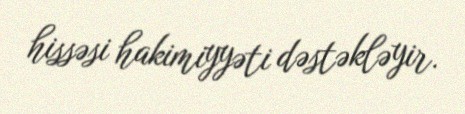
hissəsi hakimiyyəti dəstəkləyir.